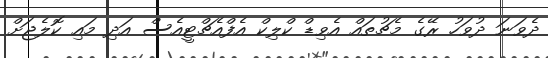
ދެވަނަ ދުވަހު ރޭގެ މެޗުތައް އެވިޑް ކްލިކް އެފްއެޗްޓީއެސް އަދި މައި ކޮލެޖަށް